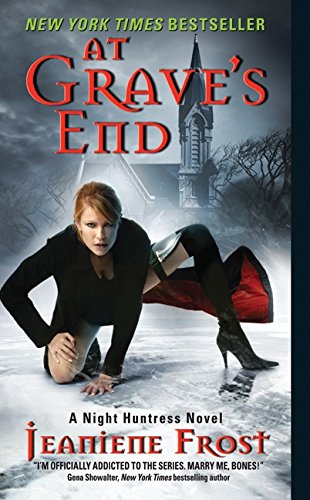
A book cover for At Grave's End (Night Huntress, Book 3); Jeaniene Frost; Romance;